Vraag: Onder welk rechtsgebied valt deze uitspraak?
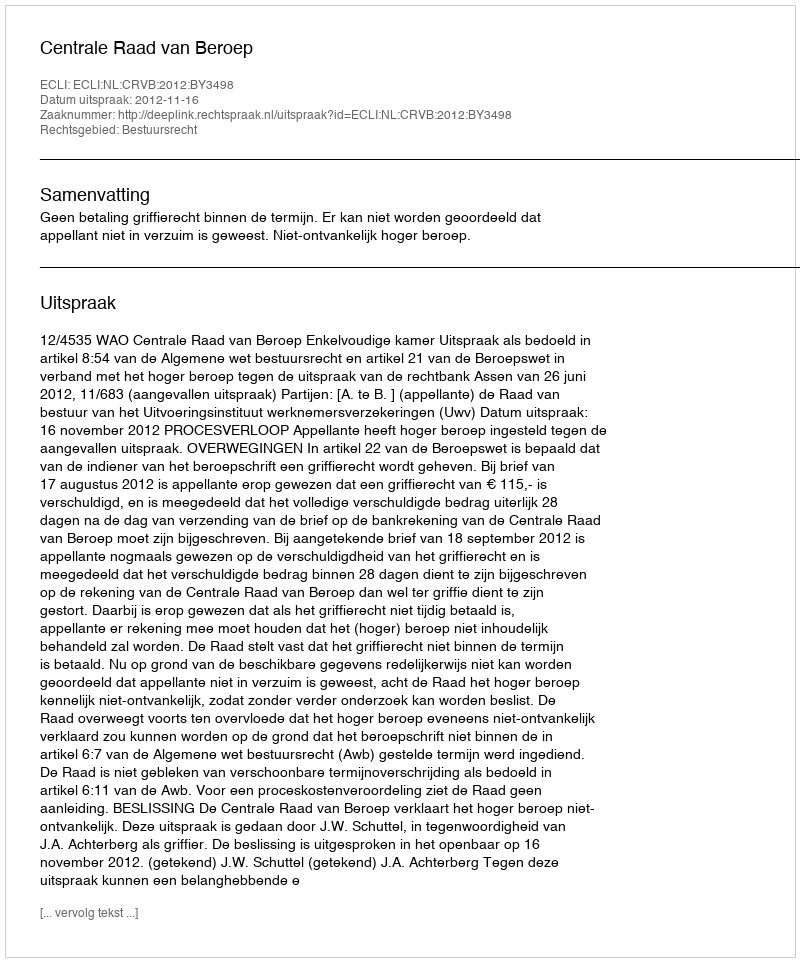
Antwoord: Bestuursrecht